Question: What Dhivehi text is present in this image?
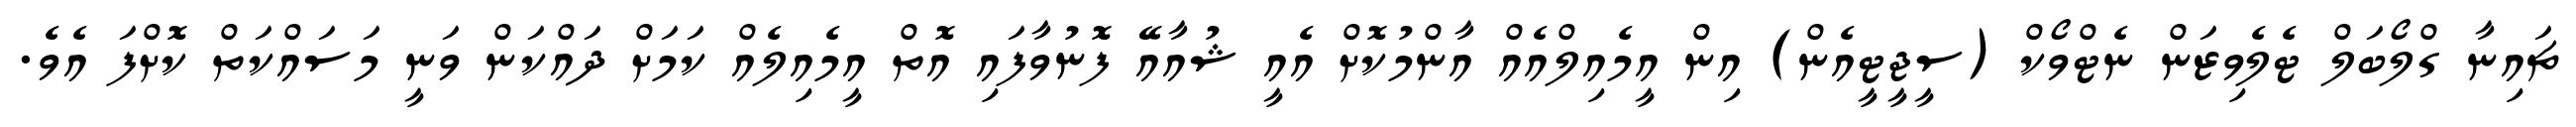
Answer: ޗައިނާ ގްލޯބަލް ޓެލެވިޒަން ނެޓްވޯކް (ސީޖީޓީއެން) އިން އީމެއިލްއެއް އާންމުކޮށް އެއީ ޝުއާއޭ ފޮނުވާފައި އޮތް އީމެއިލެއް ކަމަށް ދައްކަން ވަނީ މަސައްކަތް ކޮށްފަ އެވެ.